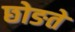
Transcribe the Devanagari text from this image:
छोङते